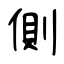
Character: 側